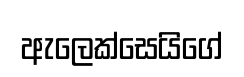
ඇලෙක්සෙයිගේ